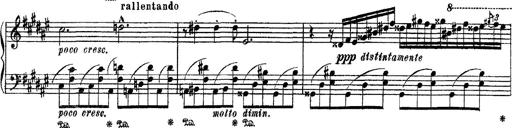
Title: Apparitions
Composer: Franz Liszt